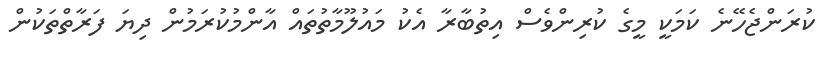
ކުރަންޖެހޭނެ ކަމަކީ މީގެ ކުރިންވެސް އިތުބާރާ އެކު މައުލޫމާތުތައް އާންމުކުރަމުން ދިޔަ ފަރާތްތަކުން